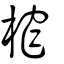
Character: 榨